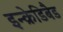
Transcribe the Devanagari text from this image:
इन्क्रेडिबैड